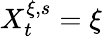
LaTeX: X_{t}^{\xi,s}=\xi